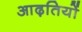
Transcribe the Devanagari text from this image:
आढ़तियों